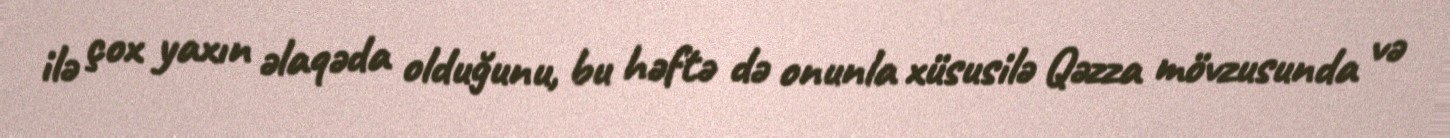
ilə çox yaxın əlaqəda olduğunu, bu həftə də onunla xüsusilə Qəzza mövzusunda və